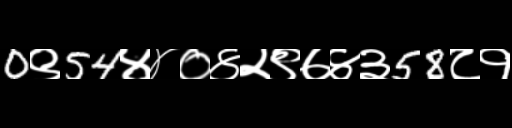
Text: 0९54४४०४२९७४३58८१